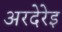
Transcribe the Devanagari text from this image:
अरदेरेइ